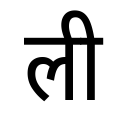
OCR:
ली